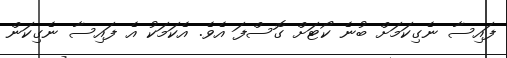
ފައިސާ ނެގިކަމަށް ބުނެ ކޯޓަށް ގޮސްފަ އެވެ. އެކަމަކު އެ ފައިސާ ނެގިކަން